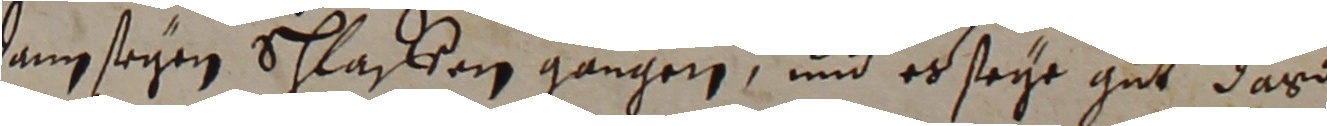
dann seyen schlafren gangen und es seye gut das